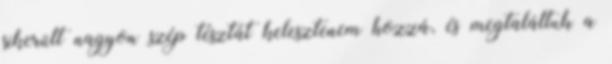
sikerült nagyon szép tésztát kelesztenem hozzá, és megtaláltuk a